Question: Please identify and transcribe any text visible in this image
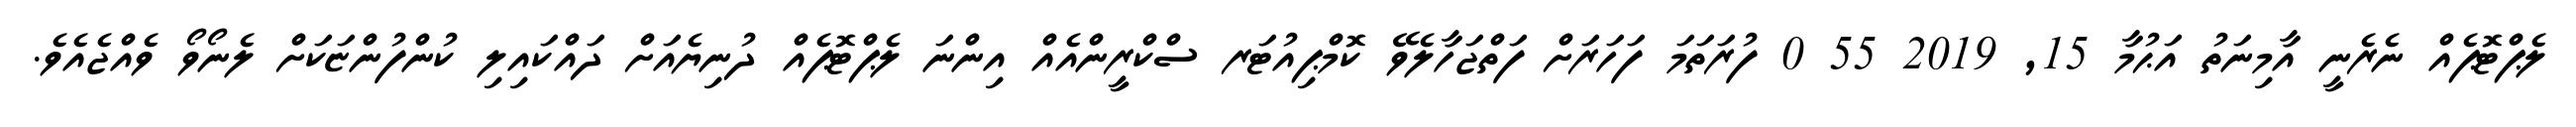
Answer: ލެޕްޓޮޕެއް ނެރެނީ އާމިނަތު އަޙުމާ 15, 2019 55 0 ފުރަތަމަ ފަހަރަށް ފަތްޖަހާލެވޭ ކޮމްޕިއުޓަރ ސްކްރީންއެއް އިންނަ ލެޕްޓޮޕެއް ދުނިޔެއަށް ދައްކައިލި ކުންފުންޏަކަށް ލެނޯވޯ ވެއްޖެއެވެ.